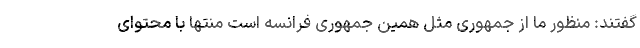
گفتند: منظور ما از جمهوری مثل همین جمهوری فرانسه است منتها با محتوای